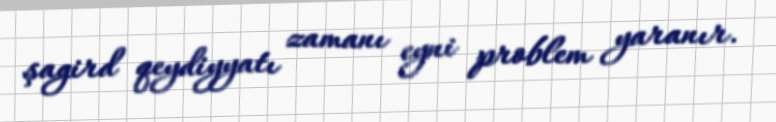
şagird qeydiyyatı zamanı eyni problem yaranır.